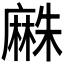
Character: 𪎡